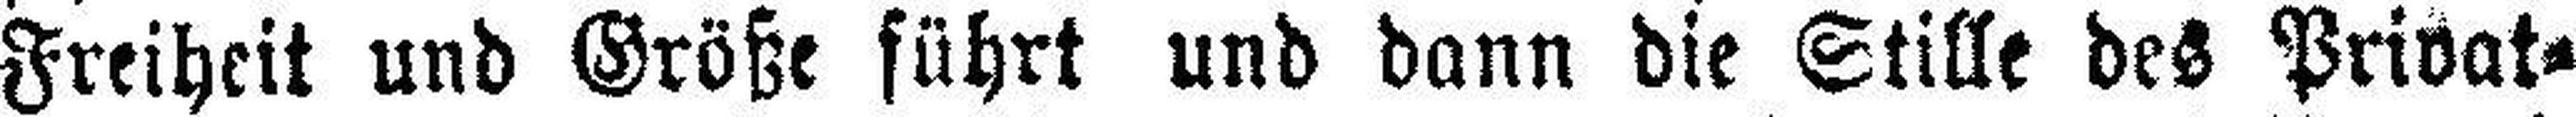
Freiheit und Größe führt und dann die Stille des Privat¬